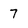
Character: 7